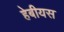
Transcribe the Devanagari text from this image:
हेबीयस